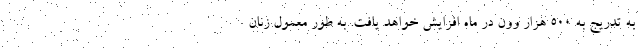
به تدریج به 500 هزار وون در ماه افزایش خواهد یافت. به طور معمول زنان